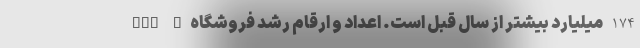
174 میلیارد بیشتر از سال قبل است. اعداد و ارقام رشد فروشگاه App G